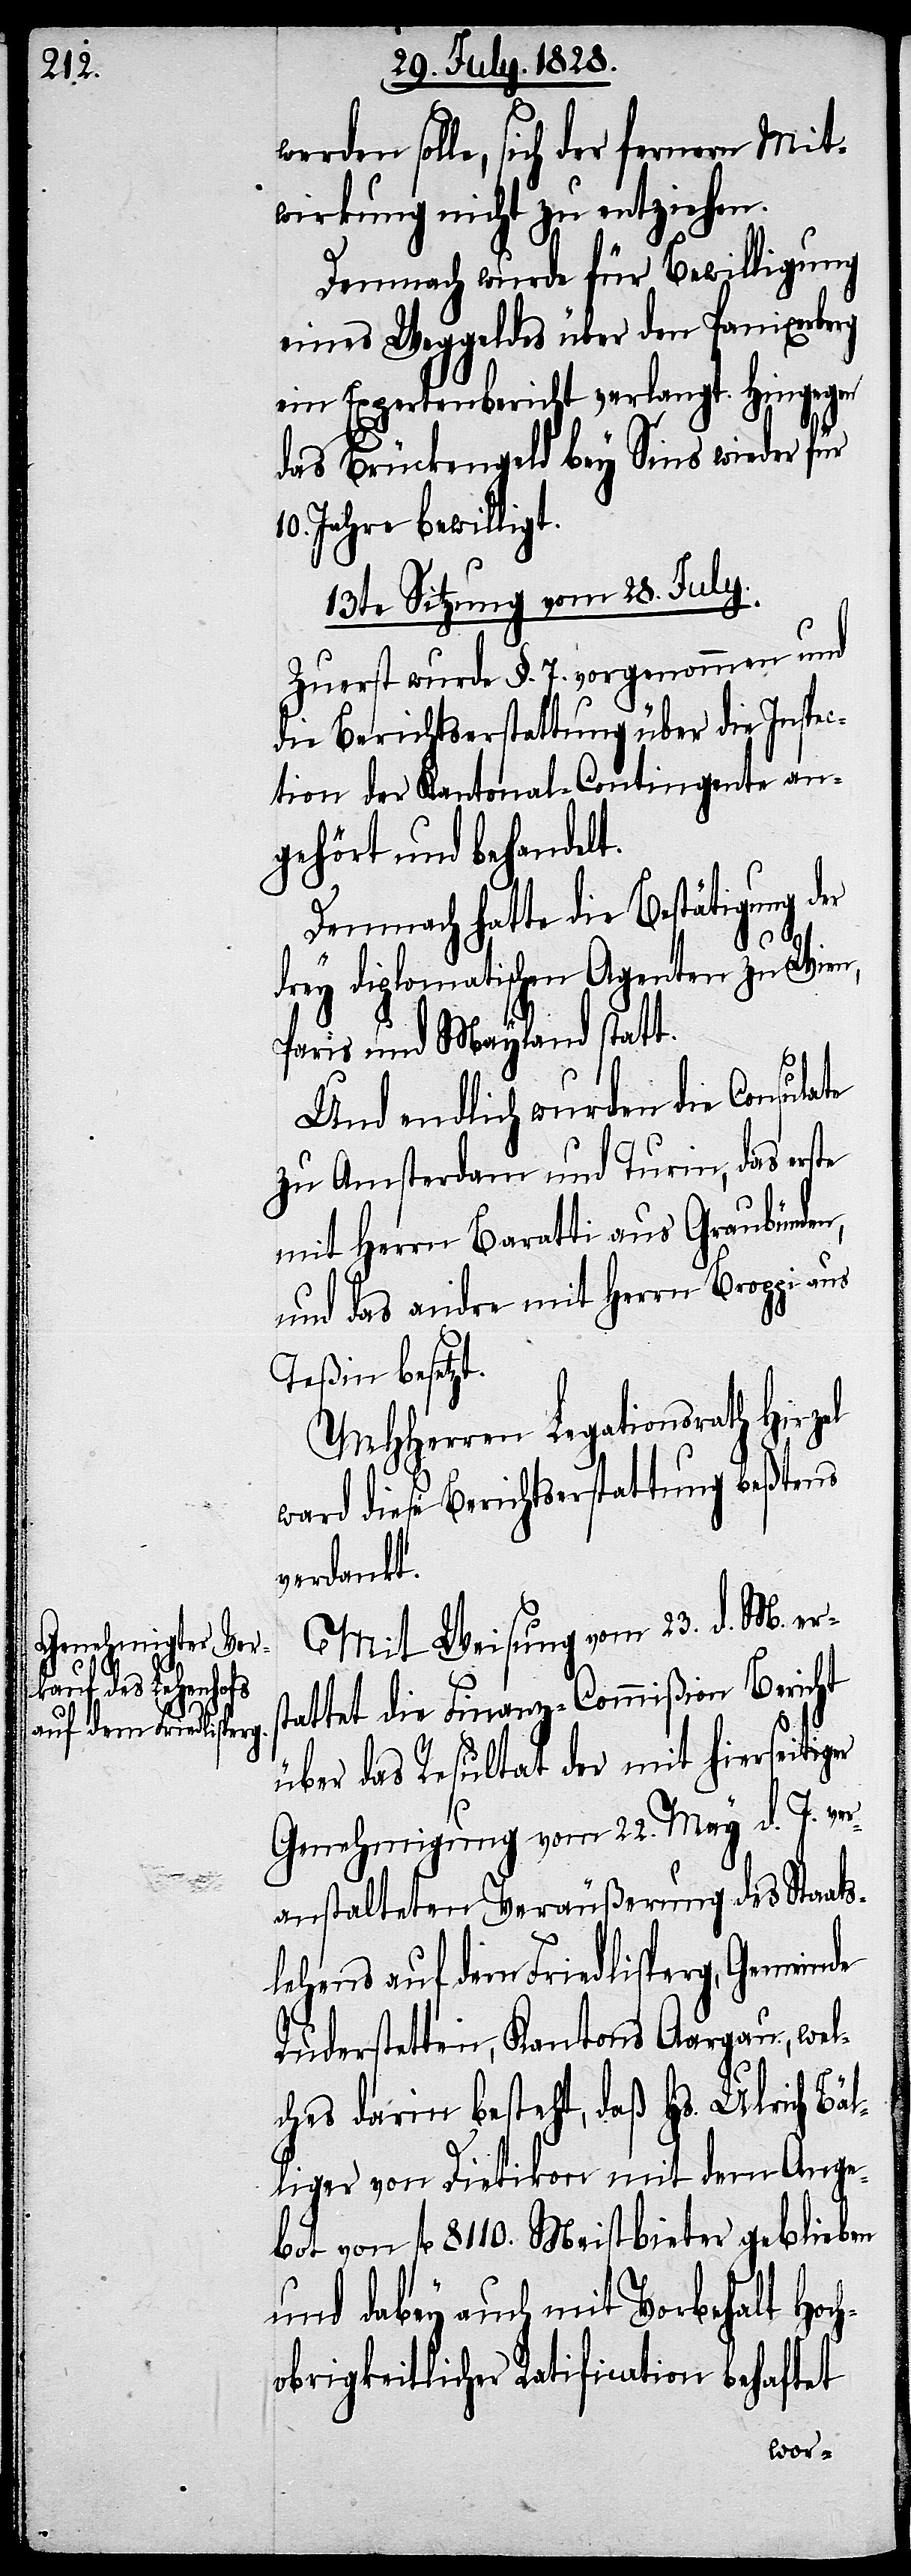
werden solle, sich der fernern Mit¬
wirkung nicht zu entziehen.
Demnach wurde für Bewilligung
eines Weggeldes über den Panixerberg
ein Expertenbericht verlangt. Hingegen
das Brückengeld bey Sins wieder für
10. Jahre bewilligt.
13te Sitzung vom 28. July.
Zuerst wurde §. 7. vorgenommen und
die Berichtserstattung über die Inspec¬
tion der Kantonal-Contigente an¬
gehört und behandelt.
Demnach hatte die Bestätigung der
er
drey diplomatischen Agenten zu Wien,
Paris und Mayland statt.
Und endlich wurden die Consulate
zu Amsterdam und Turin, das erste
mit Herrn Baratti aus Graubünden,
und das andre mit Herrn Broppi aus
Teßin besetzt.
MHHerren Legtionsrath Hirzel
ward diese Berichtserstattung beßtens
verdankt.
Mit Weisung vom 23. d. M. ers¬
tattet die Finanz-Commißion Bericht
über das Resultat der mit hierseitig¬
Genehmigung vom 22. May d. J. ver¬
anstalteten Veräußerung des Staats¬
lehens auf dem Friedlisperg, Gemeinde
Ruderstetten, Kantons Aargau, wel¬
ches darin besteht, daß Hs. Ulrich Bäl¬
liger von Dietikon mit dem Ange¬
bot von fl. 8110. Meistbieter geblieben
und dabey auch mit Vorbehalt Hoc¬
hobrigkeitlicher Ratification behaftet